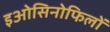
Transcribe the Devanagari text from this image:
इओसिनोफिलों